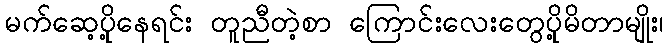
မက်ဆေ့ပိုု့နေရင်း တူညီတဲ့စာ ကြောင်းလေးတွေပိုု့မိတာမျိုး၊